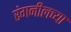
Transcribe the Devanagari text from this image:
रंगनीलच्या